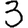
Digit: 3